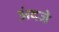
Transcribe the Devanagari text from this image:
अंदजे